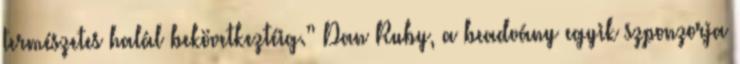
természetes halál bekövetkeztéig.” Dan Ruby, a beadvány egyik szponzorja